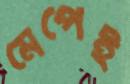
মেপেই